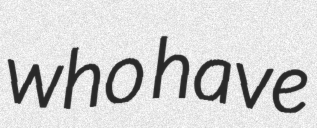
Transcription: who have